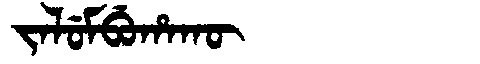
Manchu: ᠵᠠᠯᡠᠮᠪᡠᡥᠠᡴᡡ
Romanization: JALUMBUHAKŪ